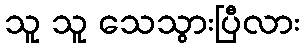
သူ သူ သေသွားပြီလား